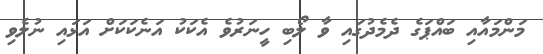
މަންމައާއި ބައްޕަގެ ދެމެދުގައި ވާ ލޯބި ހީނަރުވެ އެކަކު އަނެކަކަށް އަޅައި ނުލެވި